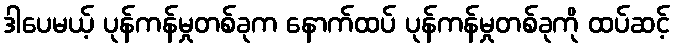
ဒါပေမယ့် ပုန်ကန်မှုတစ်ခုက နောက်ထပ် ပုန်ကန်မှုတစ်ခုကို ထပ်ဆင့်